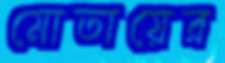
মোতায়ের